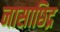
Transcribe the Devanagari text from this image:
नासाछिद्र